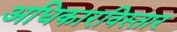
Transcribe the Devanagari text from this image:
अधिकारविस्तार